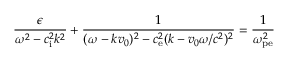
\frac { \epsilon } { \omega ^ { 2 } - c _ { \mathrm { i } } ^ { 2 } k ^ { 2 } } + \frac { 1 } { ( \omega - k v _ { 0 } ) ^ { 2 } - c _ { \mathrm { e } } ^ { 2 } ( k - v _ { 0 } \omega / c ^ { 2 } ) ^ { 2 } } = \frac { 1 } { \omega _ { \mathrm { p e } } ^ { 2 } }